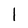
Character: l